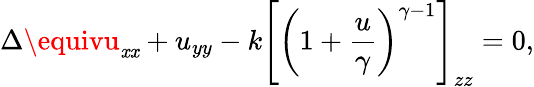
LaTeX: \Delta\equivu_{\mathit{x}\mathit{x}}+u_{yy}-k\left[\left(1+{\frac{{u}}{{\gamma}}}\right)^{\gamma-1}\right]_{zz}=0,